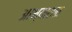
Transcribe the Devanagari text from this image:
आभ्यासात